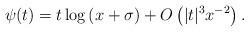
LaTeX: \begin{align*}\psi(t) = t \log \left( x + \sigma \right) + O \left(|t|^3 x^{-2} \right).\end{align*}